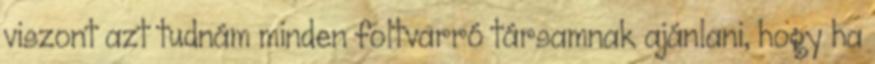
viszont azt tudnám minden foltvarró társamnak ajánlani, hogy ha